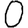
Digit: 0